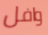
وافل